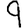
Digit: 9